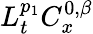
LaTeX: L_{t}^{p_{1}}C_{x}^{0,\beta}